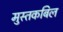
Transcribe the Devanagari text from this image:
मुस्तकबिल